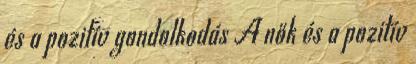
és a pozitív gondolkodás A nők és a pozitív